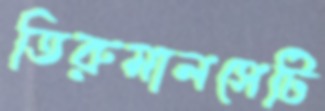
তিরুমালসেটি